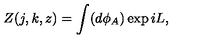
Z ( j , k , z ) = \int ( d \phi _ { A } ) \exp i L ,